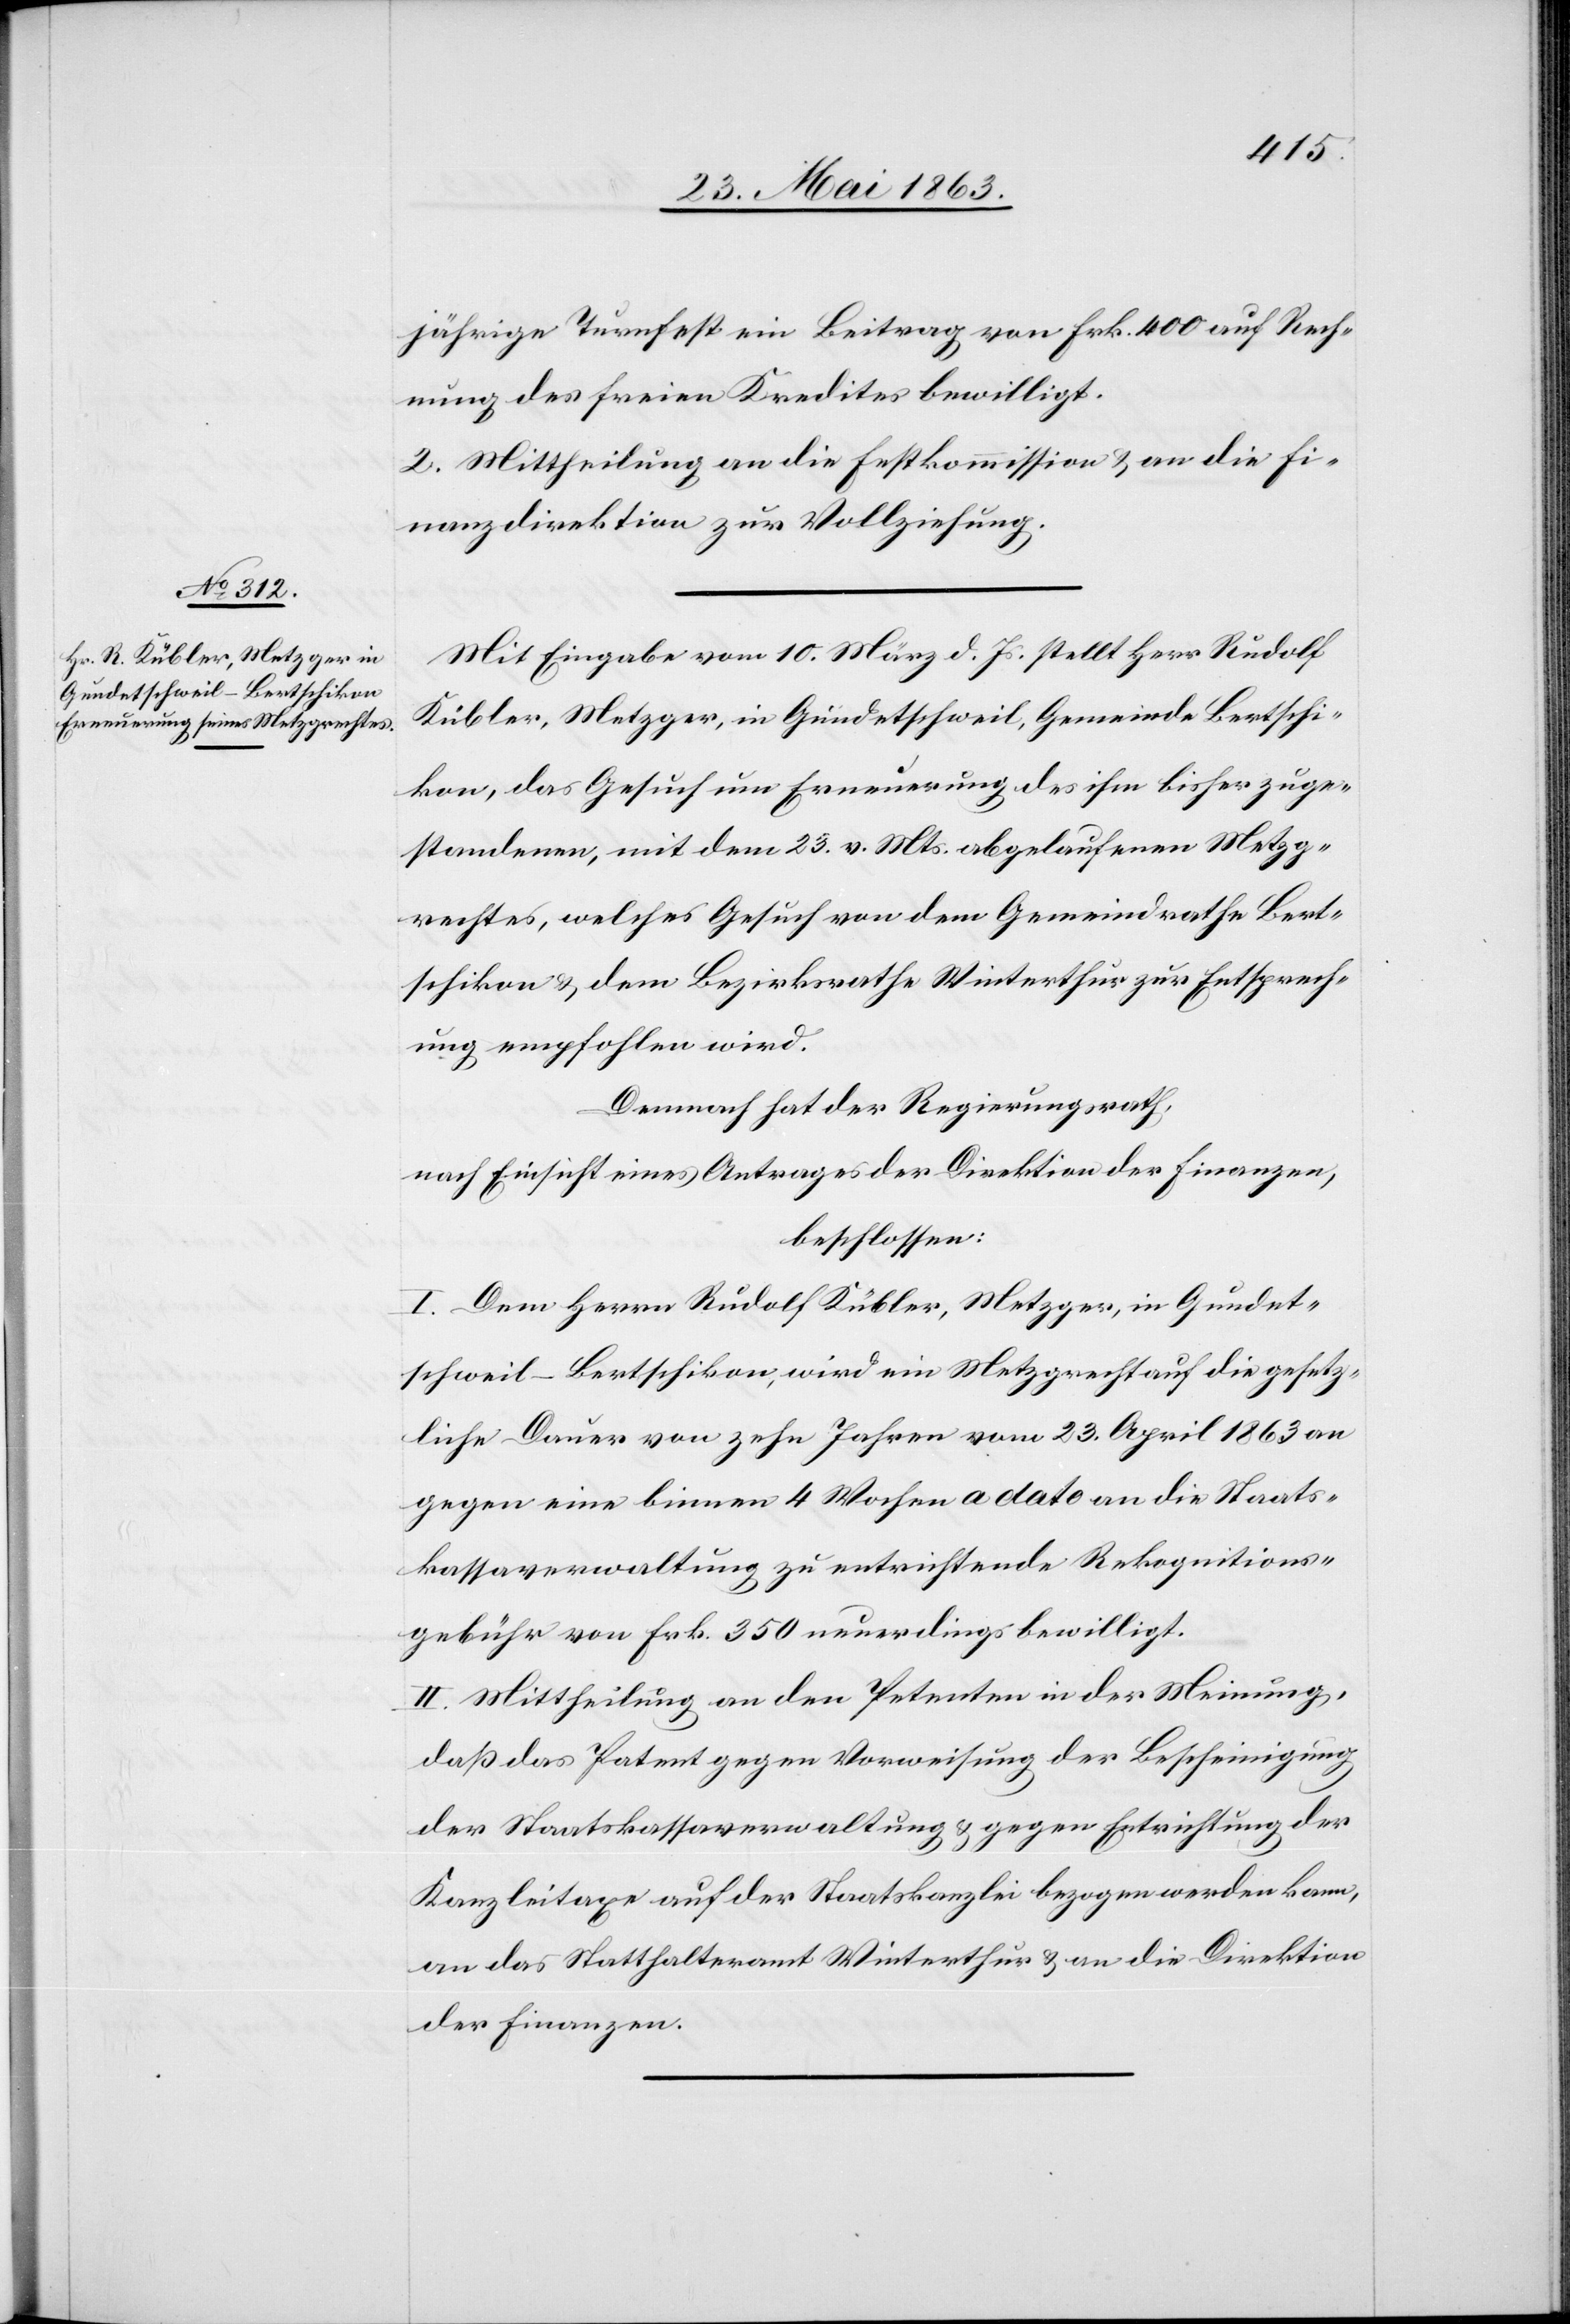
jährige Turnfest ein Beitrag von Frk. 400 auf Rech¬
nung des freien Kredites bewilligt.
2. Mittheilung an die Festkommission & an die Fi¬
nanzdirektion zur Vollziehung.
Mit Eingabe vom 10. März d. Js. stellt Herr Rudolf
Kübler, Metzger, in Gundetschweil, Gemeinde Bertschi¬
kon, das Gesuch um Erneuerung des ihm bisher zuge¬
standenen, mit dem 23. v. Mts. abgelaufenen Metzg¬
rechtes, welches Gesuch von dem Gemeindrathe Bert¬
schikon & dem Bezirksrathe Winterthur zur Entsprech¬
ung empfohlen wird.
Demnach hat der Regierungsrath,
nach Einsicht eines Antrages der Direktion der Finanzen,
beschlossen:
I. Dem Herrn Rudolf Kübler, Metzger, in Gundet¬
schweil-Bertschikon, wird ein Metzgrecht auf die gesetz¬
liche Dauer von zehn Jahren vom 23. April 1863 an
gegen eine binnen 4 Wochen a dato an die Staats¬
kassaverwaltung zu entrichtende Rekognitions¬
gebühr von Frk. 350 neuerdings bewilligt.
II. Mittheilung an den Petenten in der Meinung,
daß das Patent gegen Vorweisung der Bescheinigung
der Staatskassaverwaltung & gegen Entrichtung der
Kanzleitaxe auf der Staatskanzlei bezogen werden kann,
an das Statthalteramt Winterthur & an die Direktion
der Finanzen.